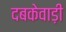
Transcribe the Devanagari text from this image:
दबकेवाड़ी